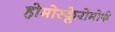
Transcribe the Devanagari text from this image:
होमोस्क्लेरोमोर्फ